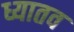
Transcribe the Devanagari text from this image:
ध्यातव